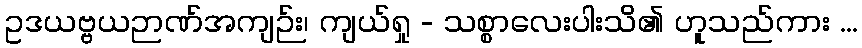
ဥဒယဗ္ဗယဉာဏ်အကျဉ်း၊ ကျယ်ရှု - သစ္စာလေးပါးသိ၏ ဟူသည်ကား ...